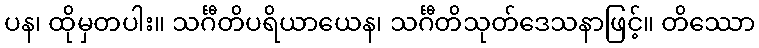
ပန၊ ထိုမှတပါး။ သင်္ဂီတိပရိယာယေန၊ သင်္ဂီတိသုတ်ဒေသနာဖြင့်။ တိဿော